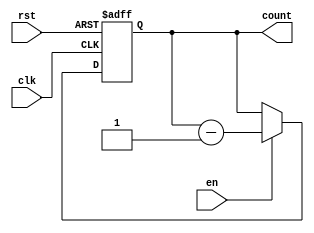
module BinaryDownCounter(
  input wire clk,
  input wire rst,
  input wire en,
  output reg [7:0] count
);

always @(posedge clk or posedge rst) begin
  if (rst) begin
    count <= 8'b11111111; // initialize counter to max value
  end else if (en) begin
    count <= count - 1; // count down
  end
end

endmodule